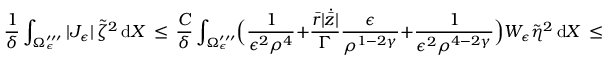
\frac { 1 } { \delta } \int _ { \Omega _ { \epsilon } ^ { \prime \prime \prime } } | J _ { \epsilon } | \, \tilde { \zeta } ^ { 2 } \, \mathrm { d } X \, \le \, \frac { C } { \delta } \int _ { \Omega _ { \epsilon } ^ { \prime \prime \prime } } \Bigl ( \frac { 1 } { \epsilon ^ { 2 } \rho ^ { 4 } } + \frac { \bar { r } | \dot { \bar { z } } | } { \Gamma } \frac { \epsilon } { \rho ^ { 1 - 2 \gamma } } + \frac { 1 } { \epsilon ^ { 2 } \rho ^ { 4 - 2 \gamma } } \Bigr ) W _ { \epsilon } \tilde { \eta } ^ { 2 } \, \mathrm { d } X \, \le \, C \epsilon ^ { \gamma _ { 1 } } \, \| \tilde { \eta } \| _ { \mathcal { X } _ { \epsilon } } ^ { 2 } \, ,